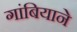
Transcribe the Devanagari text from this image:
गांबियाने